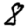
Digit: 8